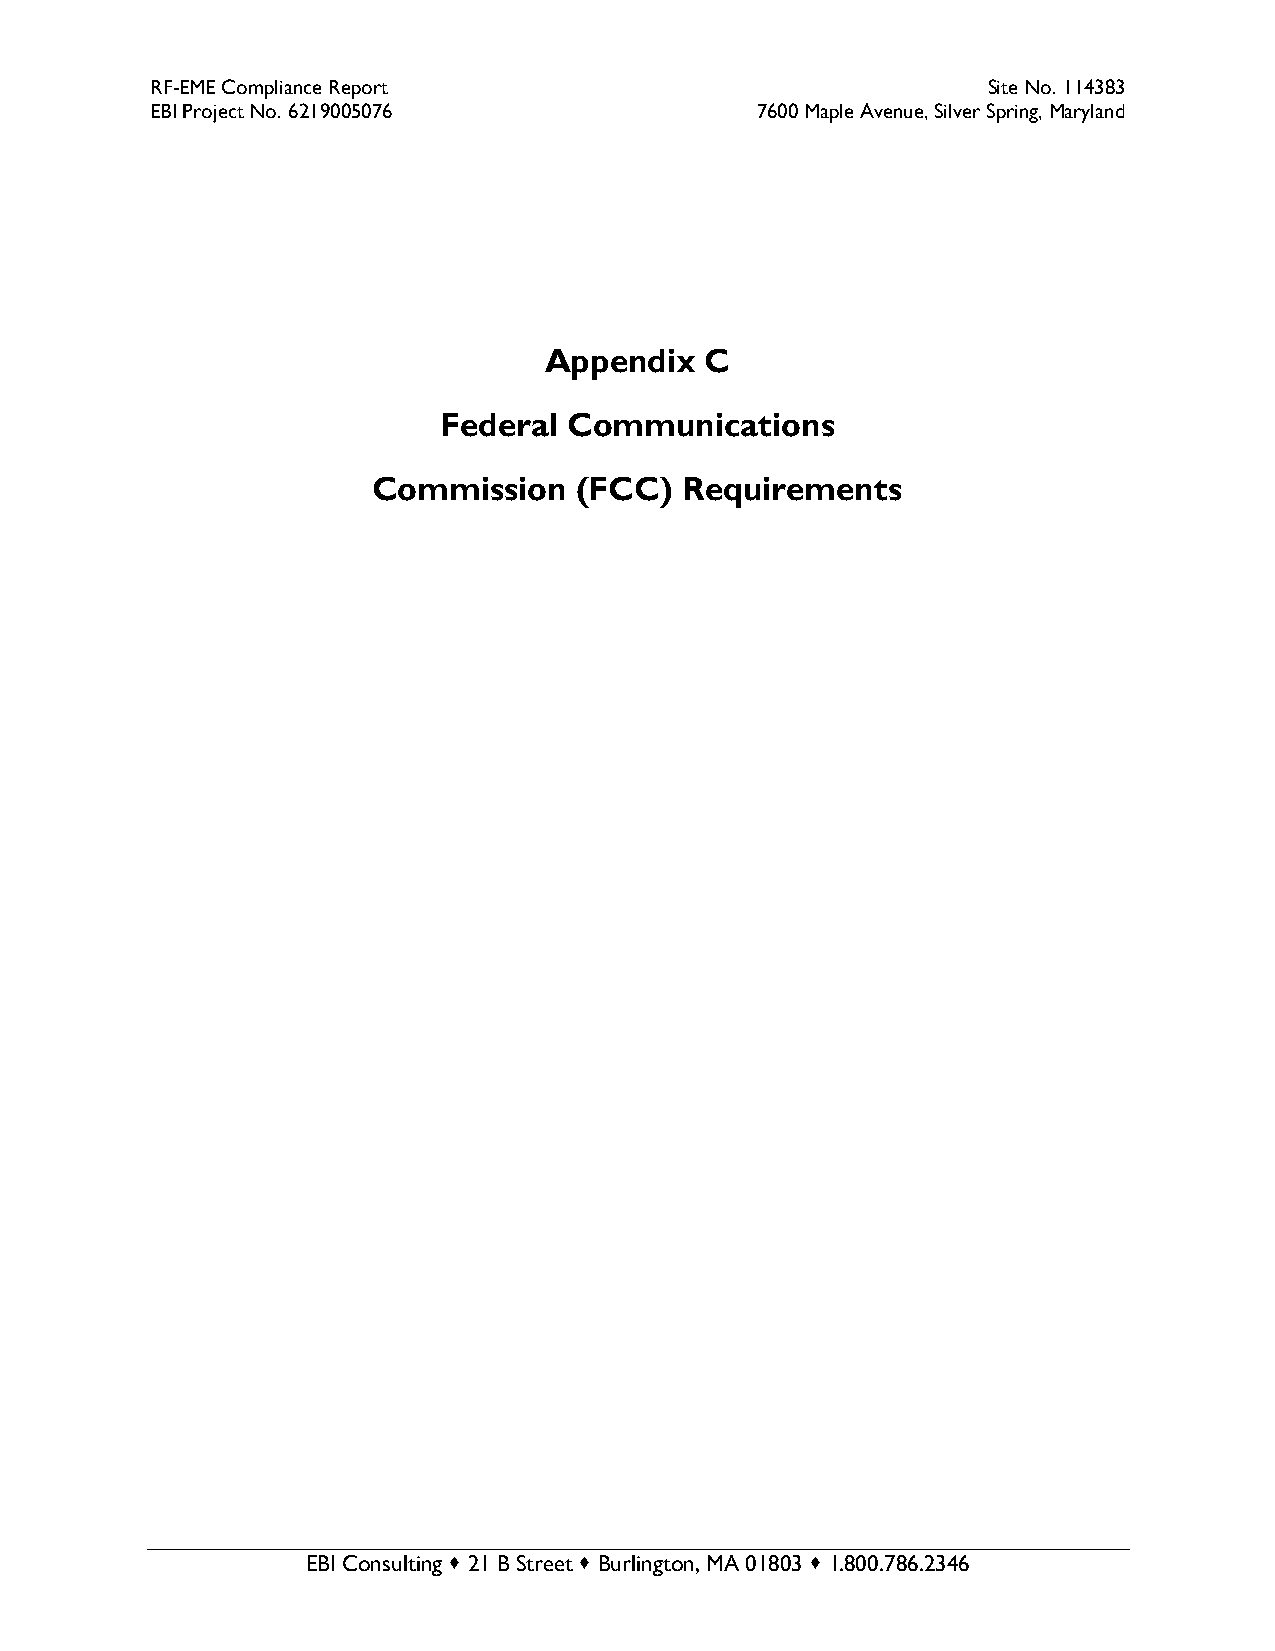
RF-EME Compliance Report                               Site No. 114383
 EBI Project No. 6219005076              7600 Maple Avenue, Silver Spring, Maryland
 Appendix   C
 Federal  Communications
 Commission   (FCC)  Requirements
 EBI Consulting  21 B Street  Burlington, MA 01803  1.800.786.2346